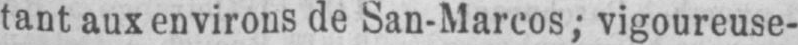
tant aux environs de San-Marcos; vigoureuse-